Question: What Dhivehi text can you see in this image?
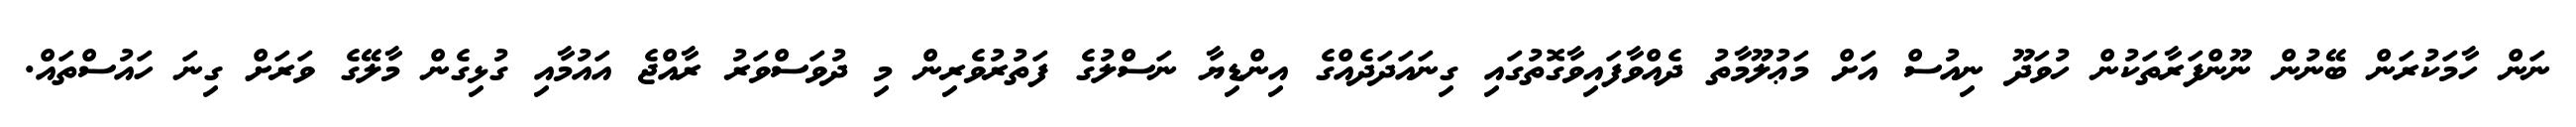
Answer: ނަން ހާމަކުރަން ބޭނުން ނޫންފަރާތަކުން ހުވަދޫ ނިއުސް އަށް މަޢުލޫމާތު ދެއްވާފައިވާގޮތުގައި ގިނައަދަދެއްގެ އިންޑިޔާ ނަސްލުގެ ފަތުރުވެރިން މި ދުވަސްވަރު ރާއްޖެ އައުމާއި ގުޅިގެން މާލޭގެ ވަރަށް ގިނަ ހައުސްތައް.